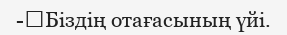
-	Біздің отағасының үйі.